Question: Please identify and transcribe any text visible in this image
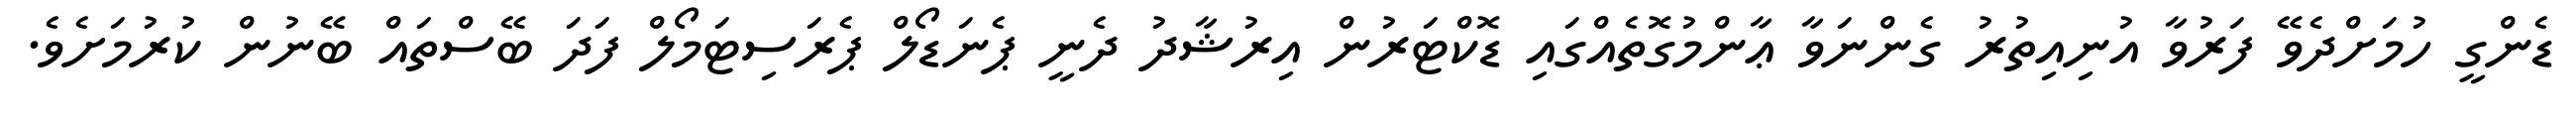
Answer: ޑެންގީ ހުމަށްދެވޭ ފަރުވާ އުނިއިތުރު ގެންނަވާ ޢާންމުގޮތެއްގައި ޑޮކްޓަރުން އިރުޝާދު ދެނީ ޕެނަޑޯލް ޕެރަސިޓަމޯލް ފަދަ ބޭސްތައް ބޭނުން ކުރުމަށެވެ.